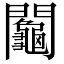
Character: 𨷺